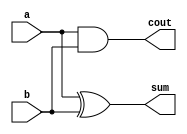
// A 2-bit half adder

module half_adder_gate(
    input       a,           // Data
    input       b,           // Data
    output      sum,         // Sum of a + b
    output      cout);       // Carry out


    // GATE PRIMITIVE
    xor         xor1(sum, a, b);
    and         and1(cout, a, b);

endmodule

module half_adder_dataflow(
    input       a,           // Data
    input       b,           // Data
    output      sum,         // Sum of a + b
    output      cout);       // Carry out

    // CONTINUOUS ASSIGNMENT STATEMENT
    assign sum  = a ^ b;
    assign cout = a & b;

endmodule

module half_adder_behavioral(
    input       a,           // Data
    input       b,           // Data
    output reg  sum,         // Sum of a + b
    output reg  cout);       // Carry out

    // ALWAYS BLOCK with NON-BLOCKING PROCEDURAL ASSIGNMENT STATEMENT
    always @ ( a or b) begin
        {cout, sum} <= a + b;
    end

endmodule